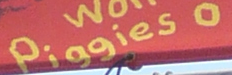
Piggies 0